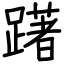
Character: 躇